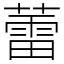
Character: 蕾